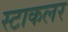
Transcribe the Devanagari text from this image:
स्टाकलर